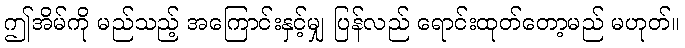
ဤအိမ်ကို မည်သည့် အကြောင်းနှင့်မျှ ပြန်လည် ရောင်းထုတ်တော့မည် မဟုတ်။